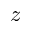
z